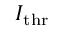
I _ { \mathrm { t h r } }